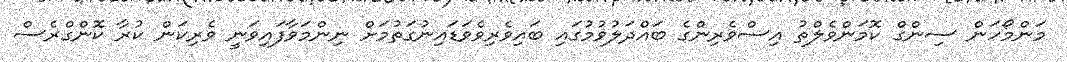
މަންމޯހަން ސިންގް ކޮމަންވެލްތު އިސްވެރިންގެ ބައްދަލުވުމުގައި ބައިވެރިވެވަޑައިނުގަތުމަށް ނިންމަވާފައިވަނީ ވެރިކަން ކުރާ ކޮންގްރެސް